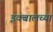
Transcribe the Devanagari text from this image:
इक्बालच्या